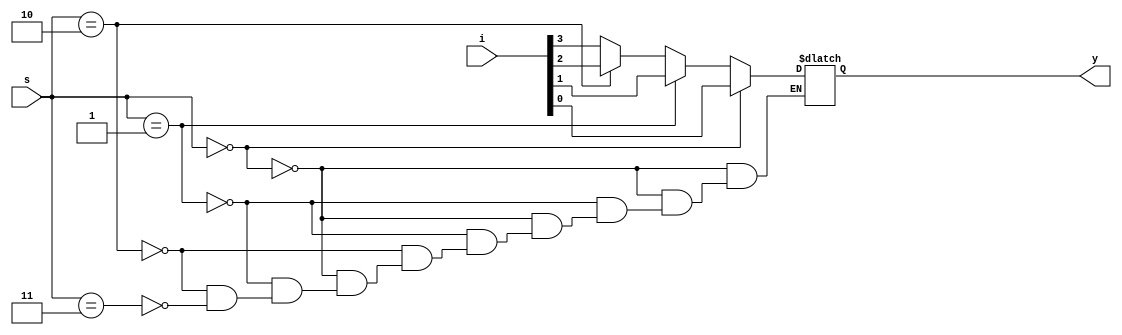
// This program was cloned from: https://github.com/mehedi37/Verilog_study
// License: MIT License

module _41mux(
  input [3:0] i,
  input [1:0] s,
  // output y
  output reg y
);

  // assign y = (~s[1] & ~s[0] & i[0]) | (~s[1] & s[0] & i[1]) | (s[1] & ~s[0] & i[2]) | (s[1] & s[0] & i[3]);

  always@(*)
    begin
      if (s == 2'b00)
        y = i[0];
      else if (s == 2'b01)
        y = i[1];
      else if (s == 2'b10)
        y = i[2];
      else if (s == 2'b11)
        y = i[3];
    end

    // always @(*)
    //   begin
    //     case (s)
    //       2'b00: y = i[0];
    //       2'b01: y = i[1];
    //       2'b10: y = i[2];
    //       2'b11: y = i[3];
    //     endcase
    //   end

endmodule